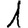
Digit: 1